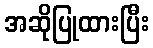
အဆိုပြုထားပြီး